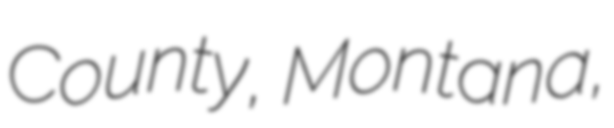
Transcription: County, Montana,